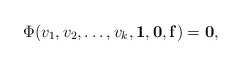
\begin{align*} \Phi(v_{1}, v_{2}, \ldots , v_{k}, {\bf{1}}, {\bf{0}}, {\bf{f}})= {\bf{0}}, \end{align*}